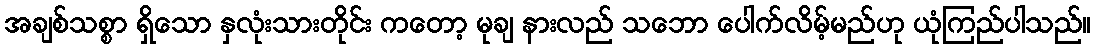
အချစ်သစ္စာ ရှိသော နှလုံးသားတိုင်း ကတော့ မုချ နားလည် သဘော ပေါက်လိမ့်မည်ဟု ယုံကြည်ပါသည်။